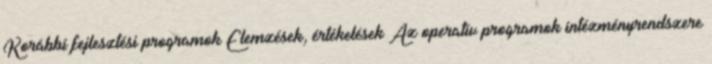
Korábbi fejlesztési programok Elemzések, értékelések Az operatív programok intézményrendszere